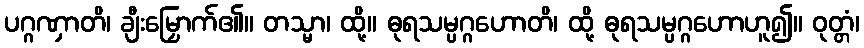
ပဂ္ဂဏှာတိ၊ ချီးမြှောက်၏။ တသ္မာ၊ ထို့။ ဓုရသမ္ပဂ္ဂဟောတိ၊ ထို့ ဓုရသမ္ပဂ္ဂဟောဟူ၍။ ဝုတ္တံ၊